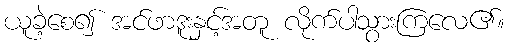
ယူခဲ့စေ၍ အင်ဖာဒူးနှင့်အတူ လိုက်ပါသွားကြလေ၏။